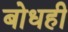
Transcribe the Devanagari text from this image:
बोधही